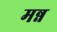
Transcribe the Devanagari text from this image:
मन्न